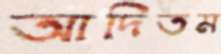
আদিতম